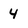
Character: 4